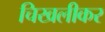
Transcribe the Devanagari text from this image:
चिखलीकर